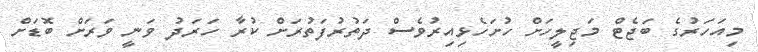
މިއަހަރުގެ ބަޖެޓް މަޖިލީހަށް ހުށަހެޅިއިރުވެސް ދަތުރުފަތުރަށް ކުރާ ހަރަދު ވަނީ ވަރަށް ބޮޑަށް